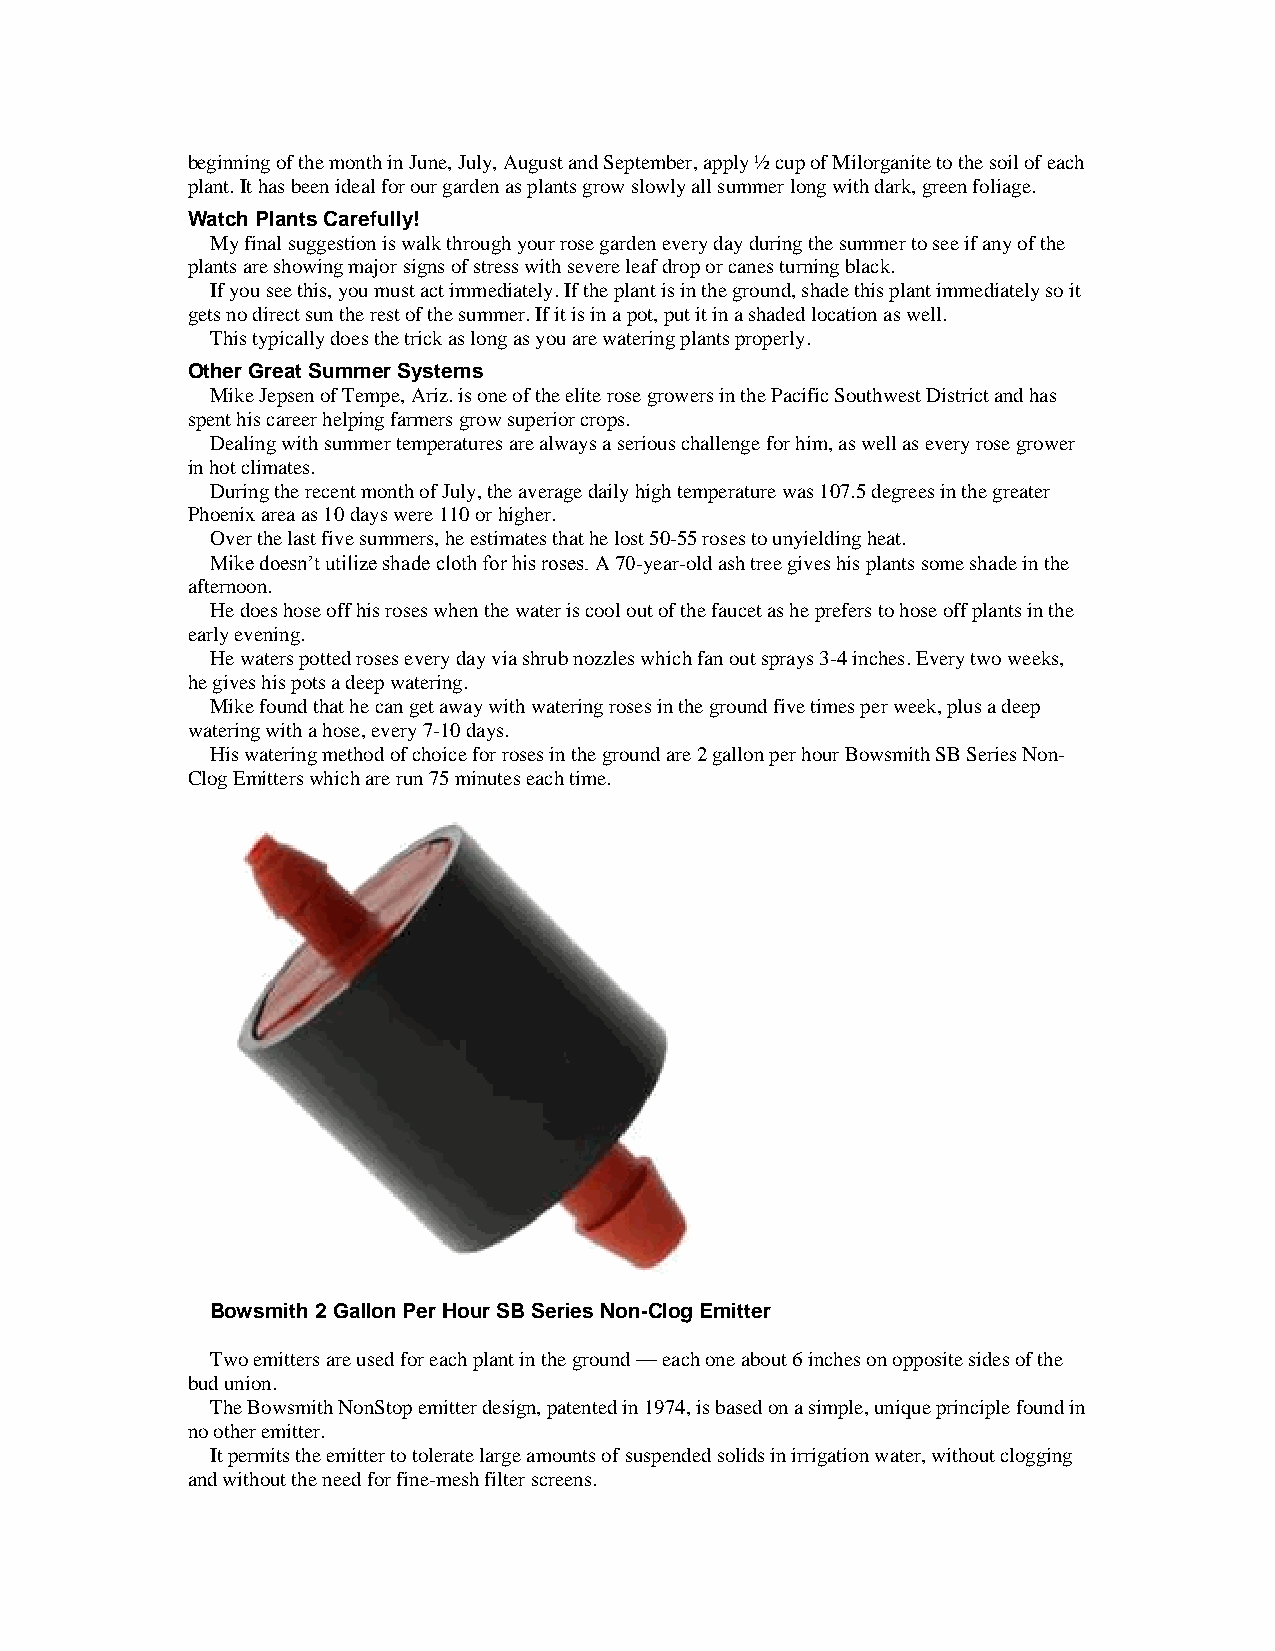
beginning of the month in June, July, August and September, apply ½ cup of Milorganite to the soil of each
 plant. It has been ideal for our garden as plants grow slowly all summer long with dark, green foliage.
 Watch Plants Carefully!
 My final suggestion is walk through your rose garden every day during the summer to see if any of the
 plants are showing major signs of stress with severe leaf drop or canes turning black.
 If you see this, you must act immediately. If the plant is in the ground, shade this plant immediately so it
 gets no direct sun the rest of the summer. If it is in a pot, put it in a shaded location as well.
 This typically does the trick as long as you are watering plants properly.
 Other Great Summer Systems
 Mike Jepsen of Tempe, Ariz. is one of the elite rose growers in the Pacific Southwest District and has
 spent his career helping farmers grow superior crops.
 Dealing with summer temperatures are always a serious challenge for him, as well as every rose grower
 in hot climates.
 During the recent month of July, the average daily high temperature was 107.5 degrees in the greater
 Phoenix area as 10 days were 110 or higher.
 Over the last five summers, he estimates that he lost 50-55 roses to unyielding heat.
 Mike doesn’t utilize shade cloth for his roses. A 70-year-old ash tree gives his plants some shade in the
 afternoon.
 He does hose off his roses when the water is cool out of the faucet as he prefers to hose off plants in the
 early evening.
 He waters potted roses every day via shrub nozzles which fan out sprays 3-4 inches. Every two weeks,
 he gives his pots a deep watering.
 Mike found that he can get away with watering roses in the ground five times per week, plus a deep
 watering with a hose, every 7-10 days.
 His watering method of choice for roses in the ground are 2 gallon per hour Bowsmith SB Series Non-
 Clog Emitters which are run 75 minutes each time.
 Bowsmith 2 Gallon Per Hour SB Series Non-Clog Emitter
 Two emitters are used for each plant in the ground — each one about 6 inches on opposite sides of the
 bud union.
 The Bowsmith NonStop emitter design, patented in 1974, is based on a simple, unique principle found in
 no other emitter.
 It permits the emitter to tolerate large amounts of suspended solids in irrigation water, without clogging
 and without the need for fine-mesh filter screens.